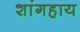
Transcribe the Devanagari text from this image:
शांगहाय